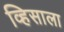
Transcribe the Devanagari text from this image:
व्हिसाला